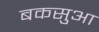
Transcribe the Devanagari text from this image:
बकसुआ